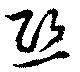
煕